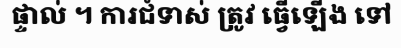
ផ្ទាល់ ។ ការជំទាស់ ត្រូវ ធ្វើឡើង ទៅ